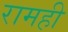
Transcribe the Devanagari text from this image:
रामही